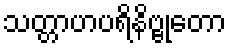
သတ္တာဟပရိနိဗ္ဗုတော